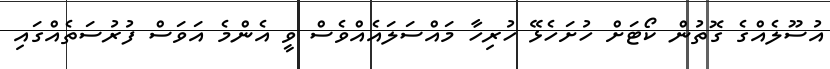
އުސޫލެއްގެ ގޮތުން ކޯޓަށް ހުށަހެޅޭ ހުރިހާ މައްސަލައެއްވެސް ވީ އެންމެ އަވަސް ފުރުސަތެއްގައި